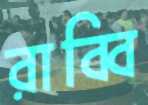
রাব্বি